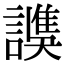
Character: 𧫟